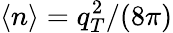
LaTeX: \langle n\rangle=q_{T}^{2}/(8\pi)